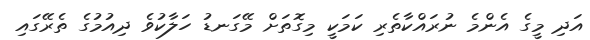
އަދި މީގެ އެންމެ ނުރައްކާތެރި ކަމަކީ މިގޮތަށް މޭގަނޑު ހަލާކުވެ ދިއުމުގެ ތެރޭގައި